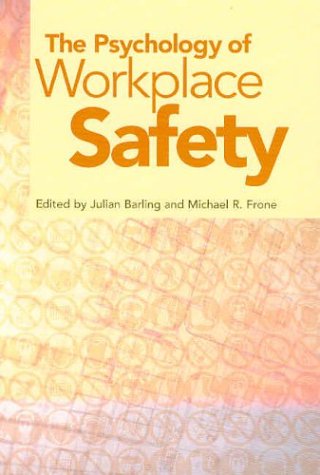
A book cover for The Psychology of Workplace Safety; Medical Books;